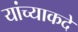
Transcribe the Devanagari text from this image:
यांच्याकदे